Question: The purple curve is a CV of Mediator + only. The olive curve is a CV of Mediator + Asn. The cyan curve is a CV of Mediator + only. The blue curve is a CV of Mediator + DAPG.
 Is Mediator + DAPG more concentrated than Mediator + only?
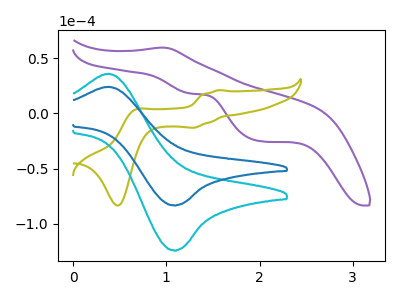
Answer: <think>The purple curve "Mediator + only" has an anodic peak at (0.95V, 59.85uA) and cathodic peaks at (1.25V, 18.10uA) (2.00V, -25.20uA). The olive curve "Mediator + Asn" has anodic peaks at (1.55V, 21.20uA) (0.65V, 3.45uA) and cathodic peaks at (1.30V, -12.90uA) (0.50V, -83.70uA). The cyan curve "Mediator + only" has an anodic peak at (0.40V, 36.10uA) and a cathodic peak at (1.10V, -124.35uA). The blue curve "Mediator + DAPG" has an anodic peak at (0.40V, 24.20uA) and a cathodic peak at (1.10V, -83.45uA).
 All the peaks in "Mediator + DAPG" have a peak in "Mediator + only" at the same potential. Every peak in "Mediator + DAPG" is lower than every peak in "Mediator + only".</think>
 <answer>"Mediator + DAPG" has less signal than "Mediator + only" and so likely has a lower concentration.</answer>
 <eval>less_concentration</eval>